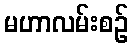
မဟာလမ်းစဉ်